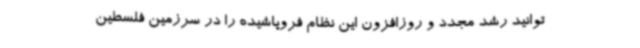
‌توانید رشد مجدد و روزافزون این نظام فروپاشیده را در سرزمین فلسطین